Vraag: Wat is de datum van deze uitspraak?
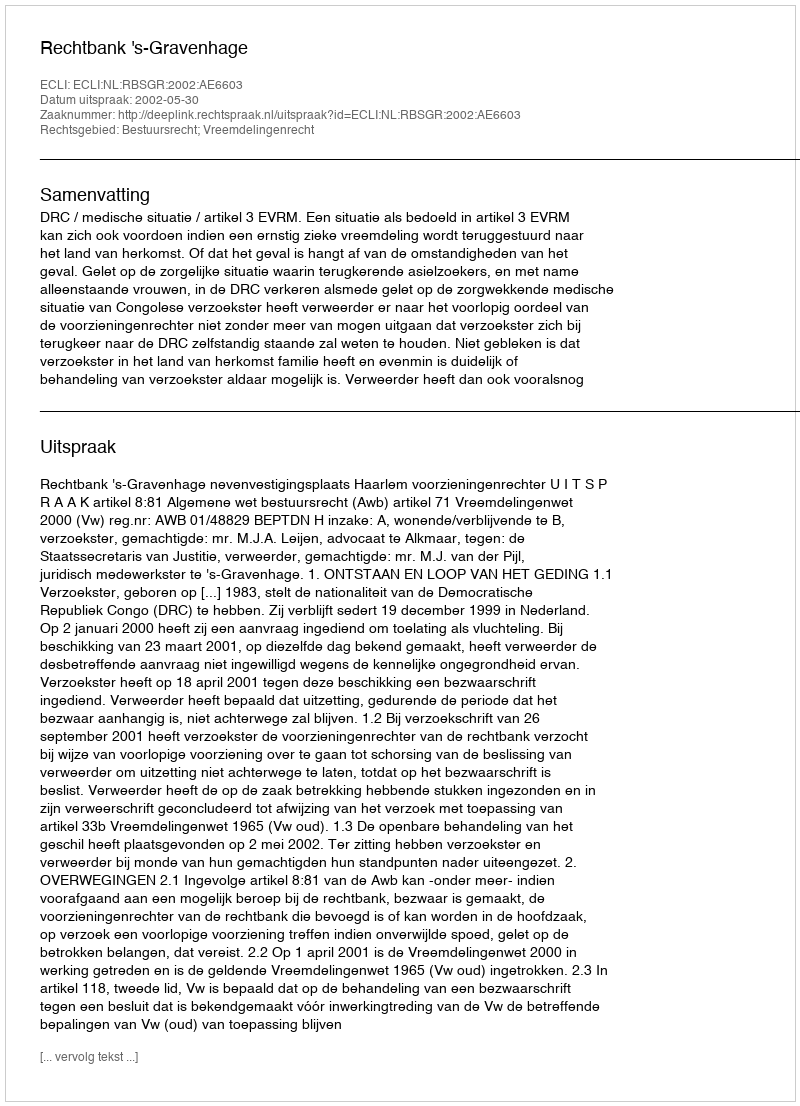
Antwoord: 2002-05-30